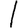
Digit: 1